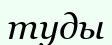
туды